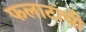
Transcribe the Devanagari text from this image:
फलाटांची